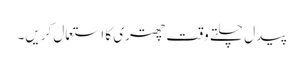
پیدل چلتے وقت چھتری کا استعمال کریں۔